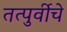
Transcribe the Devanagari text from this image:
तत्पुर्वीचे